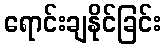
ရောင်းချနိုင်ခြင်း